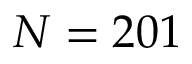
N = 2 0 1